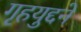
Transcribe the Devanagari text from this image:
गृहयुद्दने